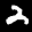
Label: 2